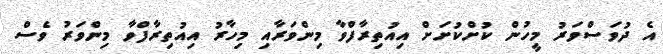
އެ ދުވަސްވަރު މީހުން ކުށްކުށަށް އިއުތިރާފްވާ މިންވަރާއި މިހާރު އިއުތިރާފްވާ މިންވަރު ވެސް